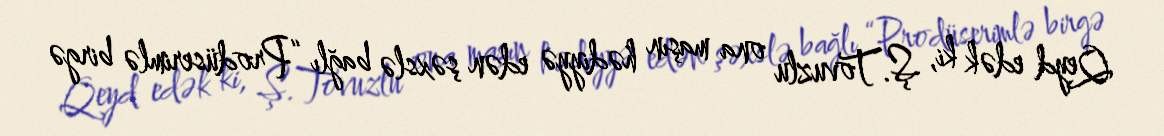
Qeyd edək ki, Ş.Tovuzlu ona maşın hədiyyə edən şəxslə bağlı “Prodüserimlə birgə